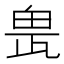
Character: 𤱖